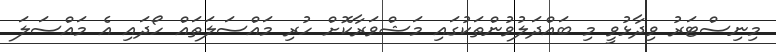
މިނިސްޓަރު ވިދާޅުވީ މި ބައްދަލުވުންތަކުގައި މަޝްވަރާކޮށް ހުރި މައްސަލަތައް ހޯދައި އެ މައްސަލަ